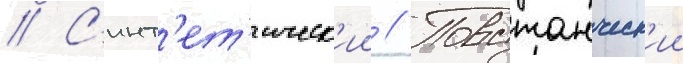
// С'инт'ет'ическ'ии // Повстанческ'ии